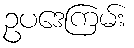
ဥပဒေကြမ်း